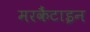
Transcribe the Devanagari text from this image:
मरकैंटाइन